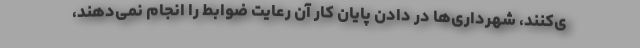
ی‌کنند، شهرداری‌ها در دادن پایان کار آن رعایت ضوابط را انجام نمی‌دهند،